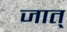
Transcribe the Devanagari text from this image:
जात्